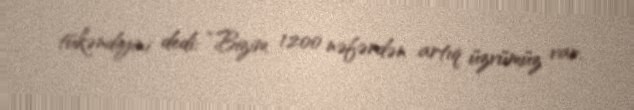
tükəndiyini dedi: “Bizim 1200 nəfərdən artıq üzvümüz var.